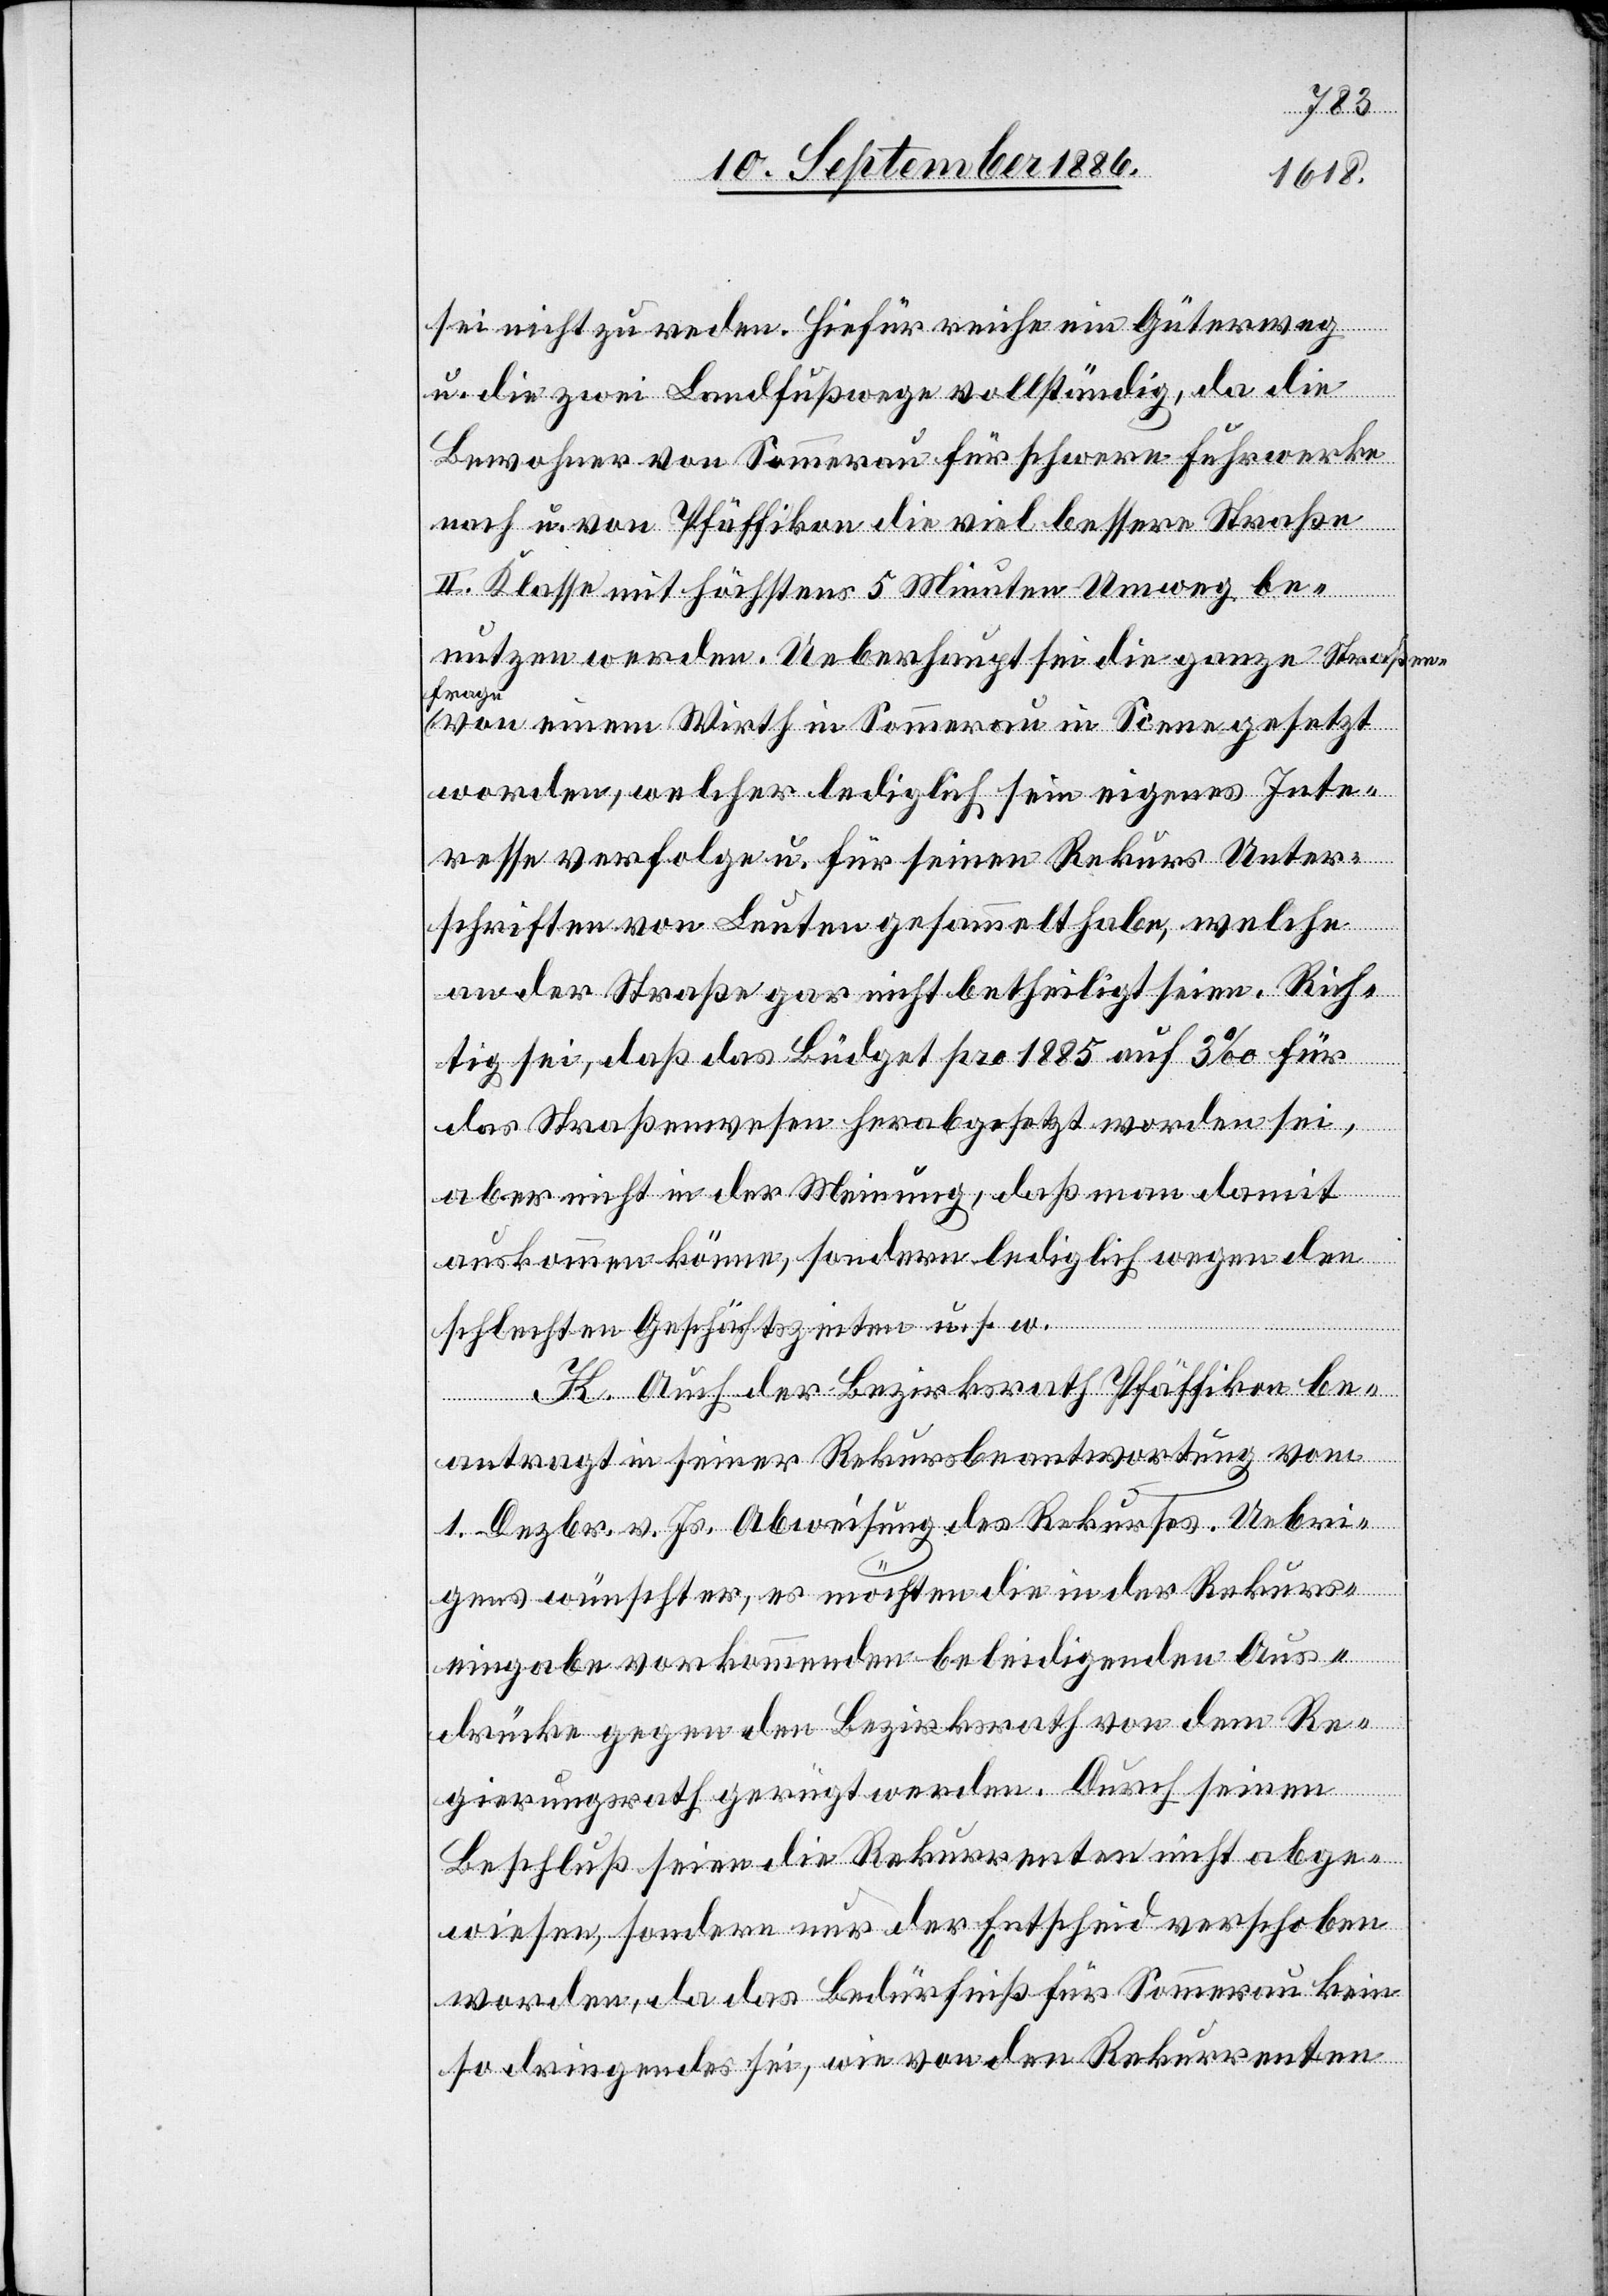
sei nicht zu reden. Hiefür reiche ein Güterweg
u. die zwei Landfußwege vollständig, da die
Bewohner von Sommerau für schwere Fuhrwerke
nach u. von Pfäffikon die viel bessere Straße
II. Klasse mit höchstens 5 Minuten Umweg be¬
nutzen werden. Ueberhaupt sei die ganze Straßen¬
frage
von einem Wirth in Sommerau in Scene gesetzt
worden, welcher lediglich sein eigenes Inte¬
resse verfolge u. für seinen Rekurs Unter¬
schriften von Leuten gesammelt habe, welche
an der Straße gar nicht betheiligt seien. Rich¬
tig sei, daß das Büdget pro 1885 auf 3‰ für
das Straßenwesen herabgesetzt worden sei,
aber nicht in der Meinung, daß man damit
auskommen könne, sondern lediglich wegen der
schlechten Geschäftszeiten u. s. w.
K. Auch der Bezirksrath Pfäffikon be¬
antragt in seiner Rekursbeantwortung vom
1. Dezbr. v. Js. Abweisung des Rekurses. Uebri¬
gens wünscht er, es möchten die in der Rekurse¬
ingabe vorkommenden beleidigenden Aus¬
drücke gegen den Bezirksrath von dem Re¬
gierungsrath gerügt werden. Durch seinen
Beschluß seien die Rekurrenten nicht abge¬
wiesen, sondern nur der Entscheid verschoben
worden, da das Bedürfniß für Sommerau kein
so dringendes sei, wie von den Rekurrenten